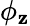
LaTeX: \phi_{\mathbf{z}}